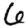
Digit: 6